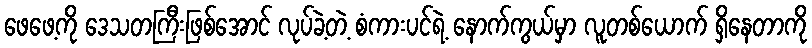
ဖေဖေ့ကို ဒေသတကြီးဖြစ်အောင် လုပ်ခဲ့တဲ့ စံကားပင်ရဲ့ နောက်ကွယ်မှာ လူတစ်ယောက် ရှိနေတာကို